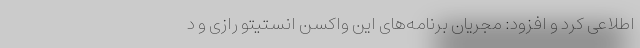
‌اطلاعی کرد و افزود: مجریان برنامه‌های این واکسن انستیتو رازی و د